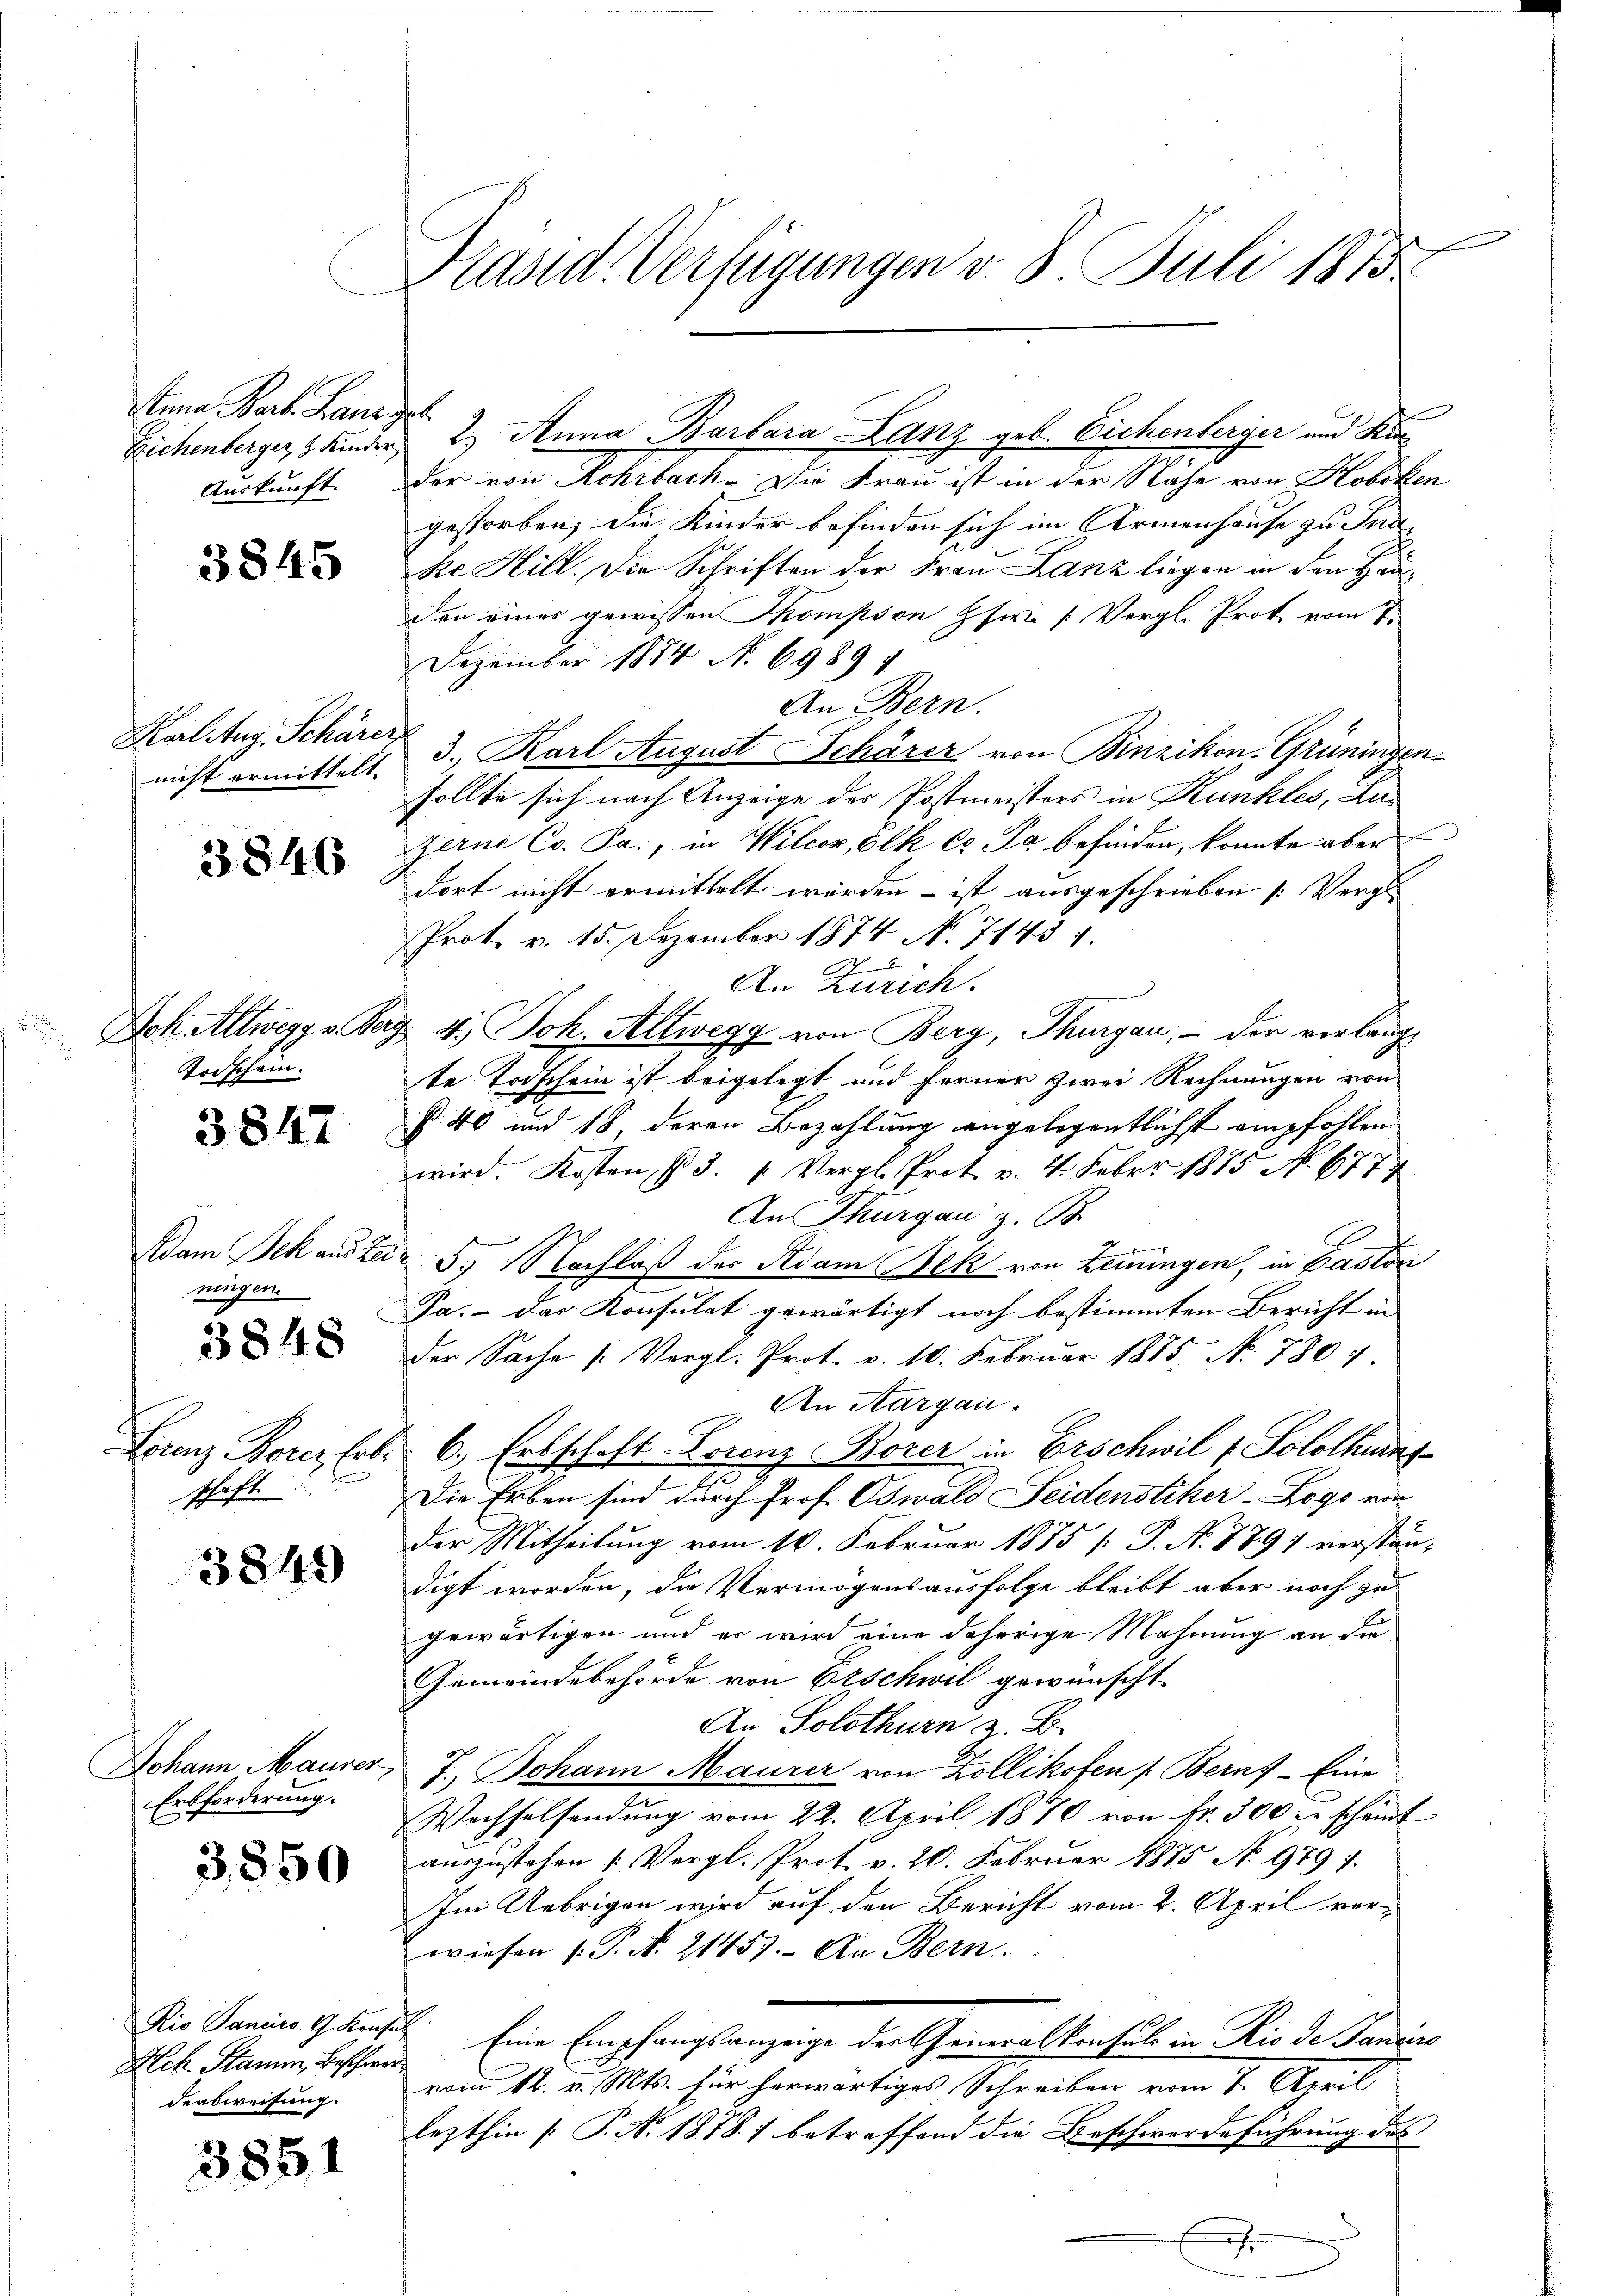
Anna Bart. Hand gel
Auskunft

3845

Karl Aug. Schärer

3846

Todschein.

3847

ningen.

3848

schaft.

3849

Erbforderung.

3850

Hch. Stamm, Beschwar
deabweisung.

3851

d
Präsid. Verfügungen v. 8. Juli 1875

Zichenberger, 3 Kinder 2.) Anna Barbara Lanz geb. Eichenberger und Kin
der von Rohrbach. Die Frau ist in der Nähe von Koboken
gestorben; die Kinder befinden sich im Armenhause zu Ind
ke Hill. Die Schriften der Frau Lanz liegen in den Häuden eines gewissen Thompson Hfwe [Vergl. Prot vom 7.
Dezember 1874 N. 6989 4
An Bern.
nicht ermittelt, 3., Karl August Schärer von Binzikon, Grüningensollte sich nach Anzeige des Postmeisters in Kunkles, Lan
Zerne Co. Ja, in Wilcoz, Ölk Cs Pa befinden, konnte aber
dort nicht ermittelt werden – ist ausgeschrieben (Vergl
Prot. v. 15. Dezember 1874 No 71431.
2
An Zürich.
Doh Altwegg v. Bag 4. Joh. Altwegg von Berg, Thurgau, – der verlangte Todschein ist beigelegt und ferner zwei Rechnungen von
§ 40 und 18, deren Bezahlung angelegentlichst empfohlen
wird. Kosten §. 3. " Vergl. Prot. v. 4. Febr. 1875 No. 677
An Thurgau z. B
d
Adam Jek auster 5. Nachlaß der Adam Nek von Leiningen, in Paston
Ja. Das Konsulat gewärtigt noch bestimmten Bericht in
Der Sache (: Vergl. Prot. v. 10. Februar 1885. No. 780
An Aargau.
Franz Borez Erbe 6. Erbschaft Lorenz Borer in Erschwil v. Solothurn
2
Die Erben sind durch Prof. Oswald Seidenstiker-Logo von
der Mitheilung vom 10. Februar 1875 [ P. N. 779 verständigt worden, die Vermögensausfolge bleibt aber noch zu
gewärtigen und er wird eine daherige Mahnung an die
Gemeindebehörde von Erschwil gewünscht
An Solothurn z. B.
Johann Maurer, 7. Johann Maurer von Zollikofen (Berns - Eine
Wechselsendŭng vom 22. April 1870 von fr. 300 r. schämt
auszustehen (Vergl. Prot. v. 20. Februar 1875 No 979 f.
Im Uebrigen wird auf den Bericht vom 2. April verwiesen (T. N. 21457. An Bern.
Die Panius G. Krusel Eine Empfangsanzeige der Generalkonsul in Rio de Janiers
vom 12. v. Mts. für herwärtiges Schreiben vom 7. April
lezthin [P. Nr. 1878. 1 betreffend die Beschwerdeführung des
.